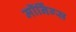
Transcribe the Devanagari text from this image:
मॉर्निंग्स